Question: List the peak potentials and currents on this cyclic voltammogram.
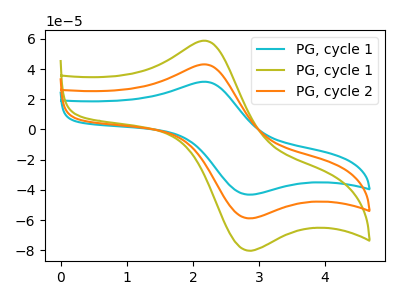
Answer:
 <answer>The cyan curve "PG, cycle 1" has an anodic peak at (2.15V, 86.15uA) and a cathodic peak at (2.80V, -116.75uA). The olive curve "PG, cycle 1" has an anodic peak at (2.15V, 58.75uA) and a cathodic peak at (2.80V, -79.60uA). The orange curve "PG, cycle 2" has an anodic peak at (2.15V, 43.05uA) and a cathodic peak at (2.80V, -58.40uA).</answer>
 <eval></eval>